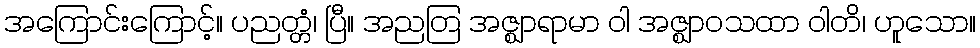
အကြောင်းကြောင့်။ ပညတ္တံ၊ ပြီ။ အညတြ အဇ္ဈာရာမာ ဝါ အဇ္ဈာဝသထာ ဝါတိ၊ ဟူသော။